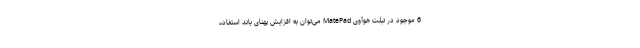
6 موجود در تبلت هوآوی MatePad می‌توان به افزایش پهنای باند استفاده